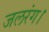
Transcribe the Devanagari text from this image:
जलरंग।